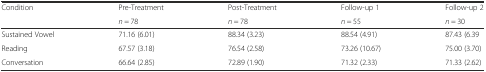
<table><thead><tr><td rowspan="2"><b>Condition</b></td><td><b>Pre-Treatment</b></td><td><b>Post-Treatment</b></td><td><b>Follow-up 1</b></td><td><b>Follow-up 2</b></td></tr><tr><td><b><i>n</i> = 78</b></td><td><b><i>n</i> = 78</b></td><td><b><i>n</i> = 55</b></td><td><b><i>n</i> = 30</b></td></tr></thead><tbody><tr><td>Sustained Vowel</td><td>71.16 (6.01)</td><td>88.34 (3.23)</td><td>88.54 (4.91)</td><td>87.43 (6.39</td></tr><tr><td>Reading</td><td>67.57 (3.18)</td><td>76.54 (2.58)</td><td>73.26 (10.67)</td><td>75.00 (3.70)</td></tr><tr><td>Conversation</td><td>66.64 (2.85)</td><td>72.89 (1.90)</td><td>71.32 (2.33)</td><td>71.33 (2.62)</td></tr></tbody></table>